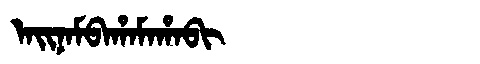
Manchu: ᠠᡳᠨᠠᠮᠪᠠᡥᠠᠮᠠᡥᠠᠪᡳ
Romanization: AINAMBAHAMAHABI